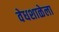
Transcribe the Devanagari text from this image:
वेधशाळेला